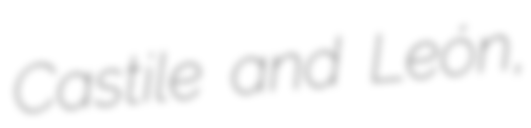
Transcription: Castile and León,